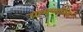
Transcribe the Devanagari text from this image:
ग्रामयाजिन